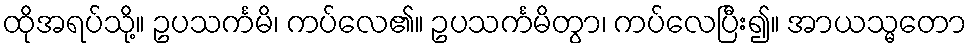
ထိုအရပ်သို့။ ဥပသင်္ကမိ၊ ကပ်လေ၏။ ဥပသင်္ကမိတွာ၊ ကပ်လေပြီး၍။ အာယသ္မတော